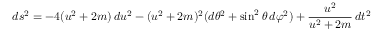
d s ^ { 2 } = - 4 ( u ^ { 2 } + 2 m ) \, d u ^ { 2 } - ( u ^ { 2 } + 2 m ) ^ { 2 } ( d \theta ^ { 2 } + \sin ^ { 2 } \theta \, d \varphi ^ { 2 } ) + { \frac { u ^ { 2 } } { u ^ { 2 } + 2 m } } \, d t ^ { 2 }